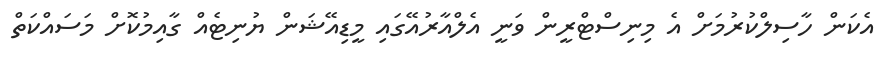
އެކަން ހާސިލްކުރުމަށް އެ މިނިސްޓްރީން ވަނީ އެލްއާރުއޭގައި މީޑިއޭޝަން ޔުނިޓެއް ގާއިމުކޮށް މަސައްކަތް